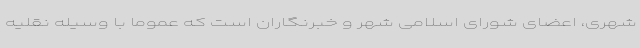
شهری، اعضای شورای اسلامی شهر و خبرنگاران است که عموما با وسیله نقلیه